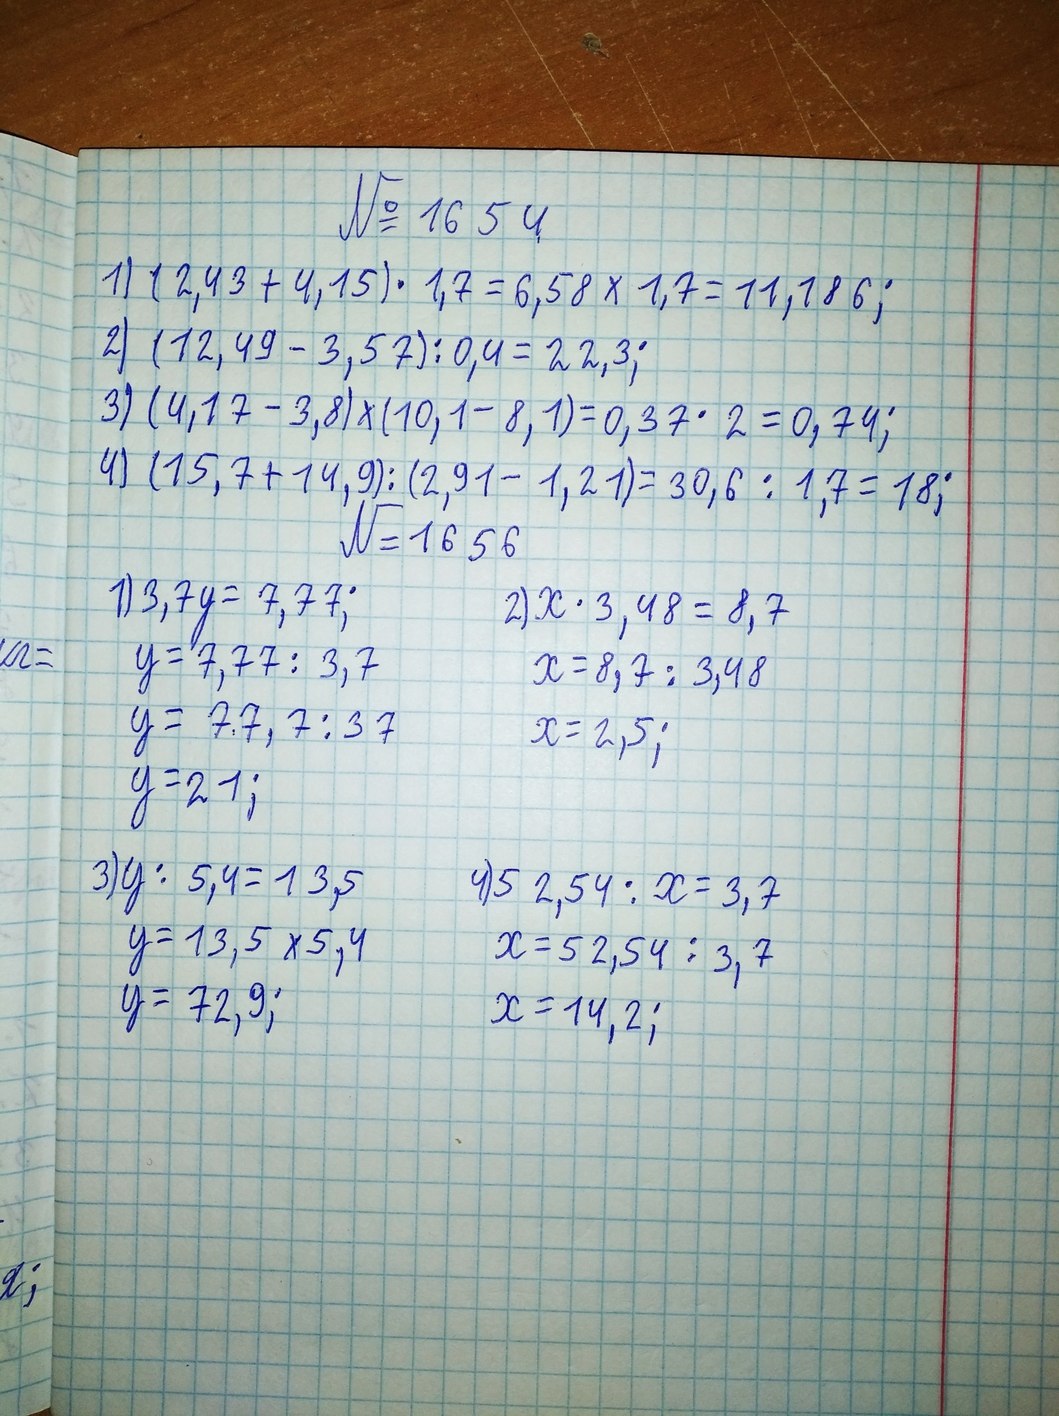
№ 1654
1) (2,43 + 4,15) * 1,7 = 6,58 * 1,7 = 11,186;
2) (12,49 - 3,57) / 0,4 = 22,3;
3) (4,17 - 3,8) * (10,1 - 8,1) = 0,37 * 2 = 0,74;
4) (15,7 + 14,9) / (2,91 - 1,21) = 30,6 / 1,7 = 18;
№ 1656
1) 3,7y = 7,77;
2) x * 3,48 = 8,7
y = 7, 77 / 3,7
x = 8,7 / 3,48
y = 7,77 / 37
x = 2,5;
y = 21;
3) y / 5,4 = 13,5
4) 52,54 / x = 3,7
y = 13,5 * 5,4
x = 52,54 / 3,7
y = 72, 9;
x = 14,21;